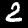
Digit: 2